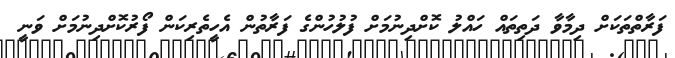
ފަރާތްތަކަށް ދިމާވާ ދަތިތައް ހައްލު ކޮށްދިނުމަށް ފުލުހުންގެ ފަރާތުން އެހީތެރިކަން ފޯރުކޮށްދިނުމަށް ވަނީ